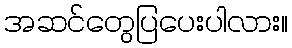
အဆင်တွေပြပေးပါလား။